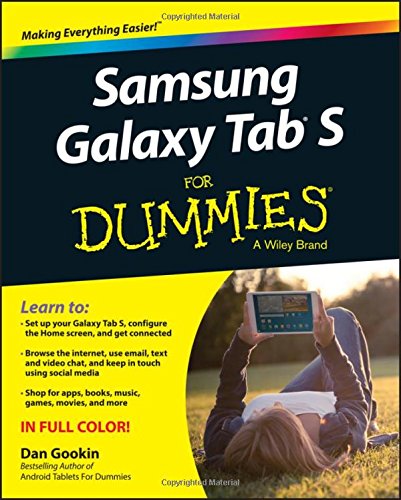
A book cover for Samsung Galaxy Tab S For Dummies; Dan Gookin; Computers & Technology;